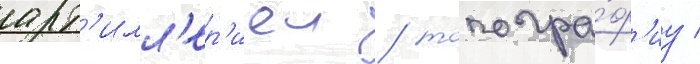
арт'илл'ер'иеи / топогра́ф'иу /